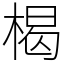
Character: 楬